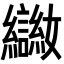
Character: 𡤨